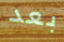
بعد